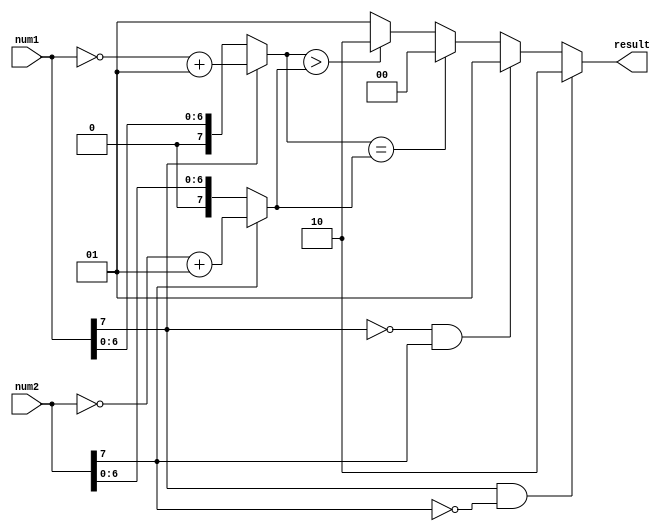
module signed_magnitude_comparator (
    input signed [7:0] num1,
    input signed [7:0] num2,
    output reg [1:0] result
);

reg sign1, sign2;
reg [7:0] mag1, mag2;

assign sign1 = num1[7];
assign sign2 = num2[7];
assign mag1 = (sign1 == 1) ? (~num1 + 1) : num1;
assign mag2 = (sign2 == 1) ? (~num2 + 1) : num2;

always @(*) begin
    if(sign1 == 1 && sign2 == 0)
        result = 2'b10; // num1 > num2
    else if(sign1 == 0 && sign2 == 1)
        result = 2'b01; // num1 < num2
    else begin
        if(mag1 == mag2)
            result = 2'b00; // num1 = num2
        else if(mag1 > mag2)
            result = 2'b10; // num1 > num2
        else
            result = 2'b01; // num1 < num2
    end
end

endmodule